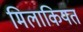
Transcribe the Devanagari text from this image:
मिलाकियत